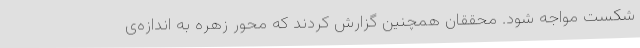
شکست مواجه شود. محققان همچنین گزارش کردند که محور زهره به اندازه‌ی